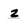
Character: z